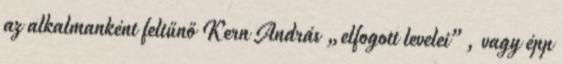
az alkalmanként feltűnő Kern András „elfogott levelei”, vagy épp